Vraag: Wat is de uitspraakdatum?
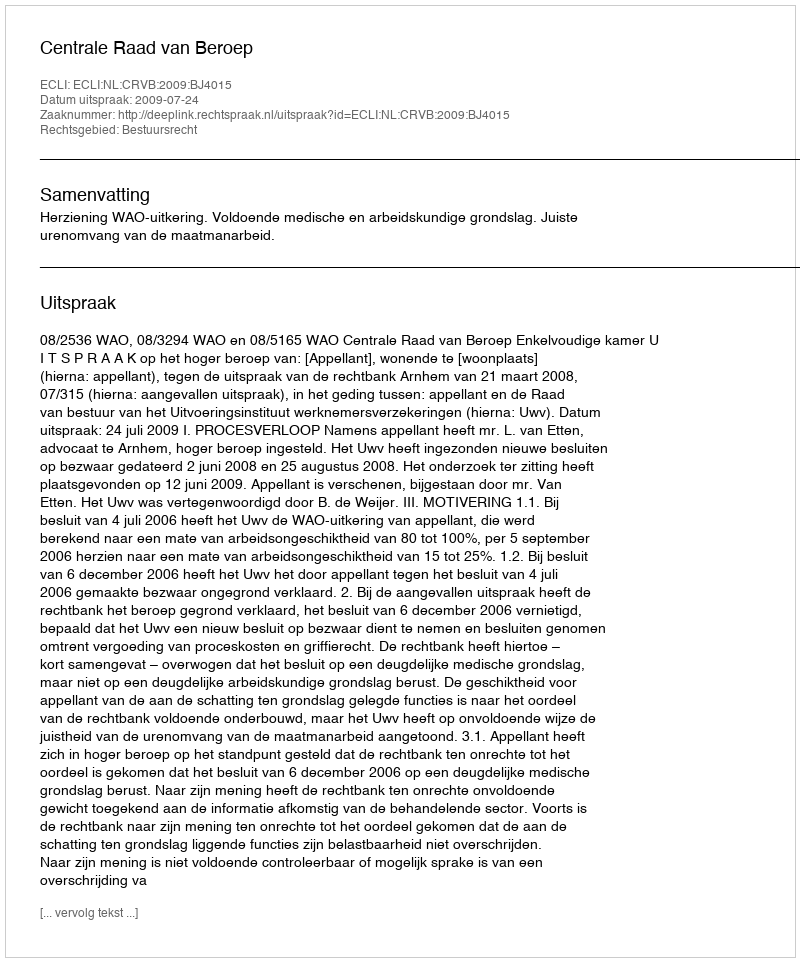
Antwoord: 2009-07-24